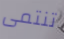
تنتمى